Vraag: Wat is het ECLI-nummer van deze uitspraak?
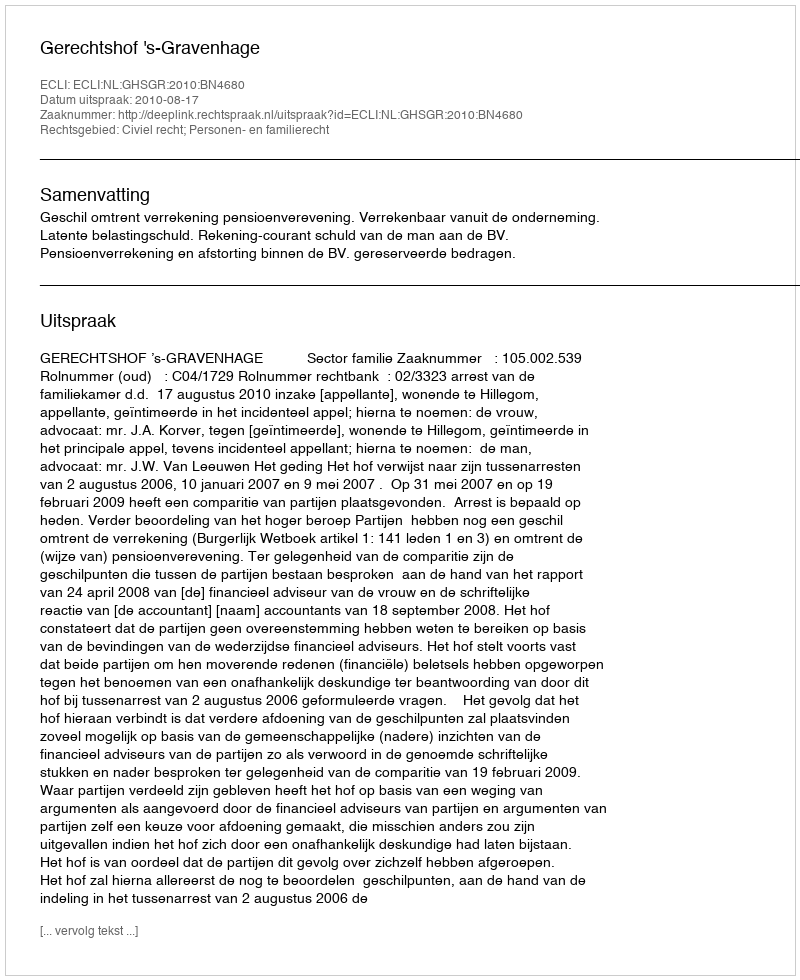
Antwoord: ECLI:NL:GHSGR:2010:BN4680